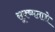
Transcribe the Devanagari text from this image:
सूक्ष्मतासे